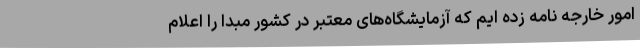
امور خارجه نامه زده ایم که آزمایشگاه‌های معتبر در کشور مبدا را اعلام